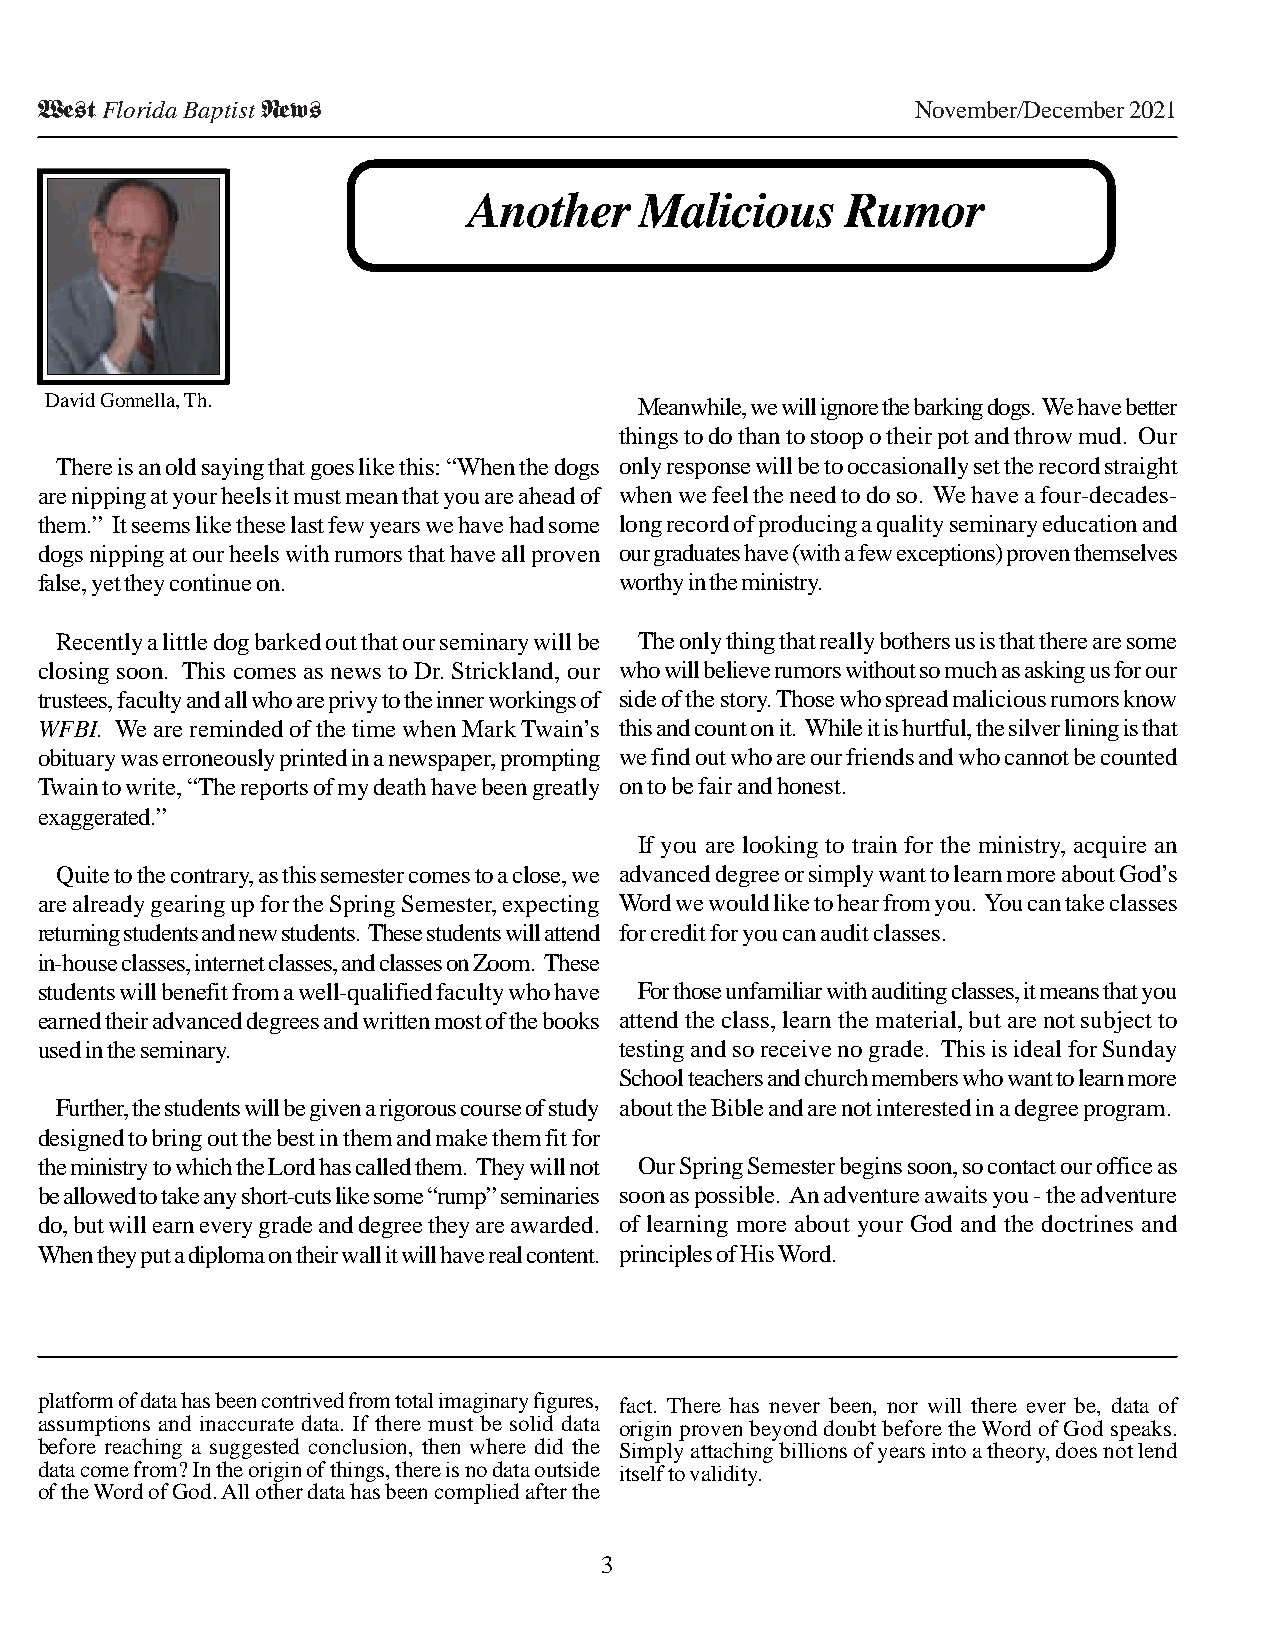
West Florida Baptist News                                  November/December 2021
 Another    Malicious     Rumor
 David Gonnella, Th.                    Meanwhile, we will ignore the barking dogs. We have better
 things to do than to stoop o their pot and throw mud. Our
 There is an old saying that goes like this: “When the dogs only response will be to occasionally set the record straight
 are nipping at your heels it must mean that you are ahead of when we feel the need to do so. We have a four-decades-
 them.” It seems like these last few years we have had some long record of producing a quality seminary education and
 dogs nipping at our heels with rumors that have all proven our graduates have (with a few exceptions) proven themselves
 false, yet they continue on.           worthy in the ministry.
 Recently a little dog barked out that our seminary will be The only thing that really bothers us is that there are some
 closing soon. This comes as news to Dr. Strickland, our who will believe rumors without so much as asking us for our
 trustees, faculty and all who are privy to the inner workings of side of the story. Those who spread malicious rumors know
 WFBI. We are reminded of the time when Mark Twain’s this and count on it. While it is hurtful, the silver lining is that
 obituary was erroneously printed in a newspaper, prompting we find out who are our friends and who cannot be counted
 Twain to write, “The reports of my death have been greatly on to be fair and honest.
 exaggerated.”
 If you are looking to train for the ministry, acquire an
 Quite to the contrary, as this semester comes to a close, we advanced degree or simply want to learn more about God’s
 are already gearing up for the Spring Semester, expecting Word we would like to hear from you. You can take classes
 returning students and new students. These students will attend for credit for you can audit classes.
 in-house classes, internet classes, and classes on Zoom. These
 students will benefit from a well-qualified faculty who have For those unfamiliar with auditing classes, it means that you
 earned their advanced degrees and written most of the books attend the class, learn the material, but are not subject to
 used in the seminary.                  testing and so receive no grade. This is ideal for Sunday
 School teachers and church members who want to learn more
 Further, the students will be given a rigorous course of study about the Bible and are not interested in a degree program.
 designed to bring out the best in them and make them fit for
 the ministry to which the Lord has called them. They will not Our Spring Semester begins soon, so contact our office as
 be allowed to take any short-cuts like some “rump” seminaries soon as possible. An adventure awaits you - the adventure
 do, but will earn every grade and degree they are awarded. of learning more about your God and the doctrines and
 When they put a diploma on their wall it will have real content. principles of His Word.
 platform of data has been contrived from total imaginary figures, fact. There has never been, nor will there ever be, data of
 assumptions and inaccurate data. If there must be solid data origin proven beyond doubt before the Word of God speaks.
 before reaching a suggested conclusion, then where did the Simply attaching billions of years into a theory, does not lend
 data come from? In the origin of things, there is no data outside itself to validity.
 of the Word of God. All other data has been complied after the
 3